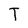
Character: T